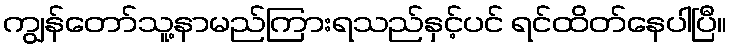
ကျွန်တော်သူ့နာမည်ကြားရသည်နှင့်ပင် ရင်ထိတ်နေပါပြီ။